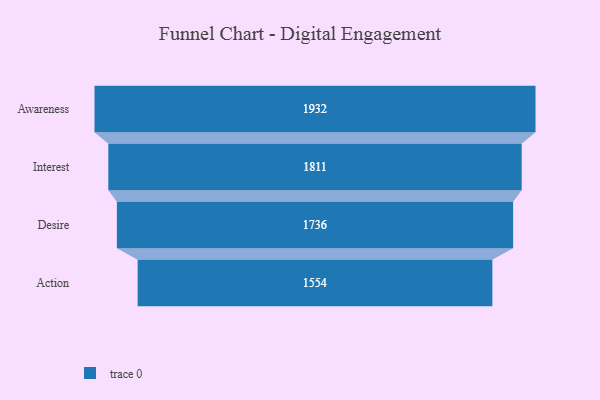
{"axis": {"x": "Stage", "y": "Value"}, "legend": [""], "data": [{"x": "Awareness", "y": 1932.0, "type": ""}, {"x": "Interest", "y": 1811.0, "type": ""}, {"x": "Desire", "y": 1736.0, "type": ""}, {"x": "Action", "y": 1554.0, "type": ""}]}